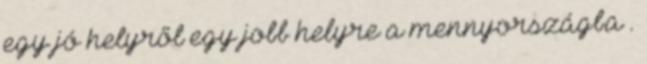
egy jó helyről egy jobb helyre a mennyországba .